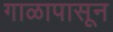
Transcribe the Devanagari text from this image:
गाळापासून